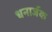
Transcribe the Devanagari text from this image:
धनार्जक